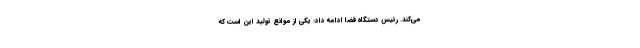
می‌کند. رئیس دستگاه قضا ادامه داد: یکی از موانع تولید این است که